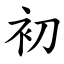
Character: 初